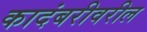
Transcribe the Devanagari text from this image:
कादंबरीवरील